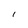
Character: l